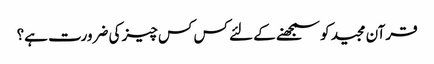
قرآن مجید کو سمجھنے کے لئے کس کس چیز کی ضرورت ہے؟